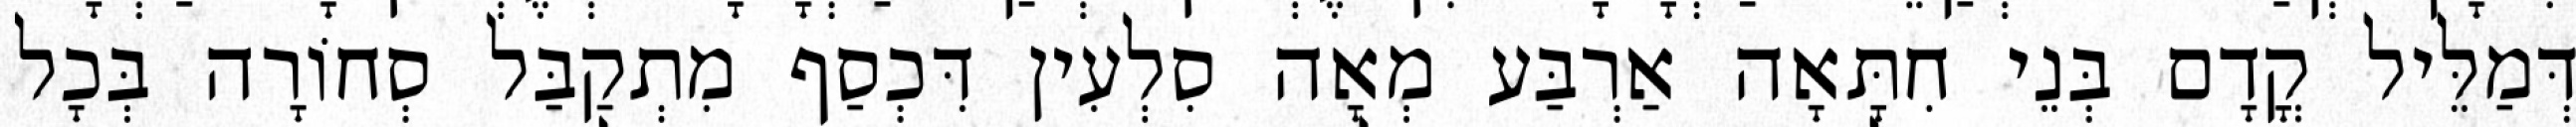
דְּמַלֵּיל קֳדָם בְּנֵי חִתָּאָה אַרְבַּע מְאָה סִלְעִין דִּכְסַף מִתְקַבַּל סְחוֹרָה בְּכָל